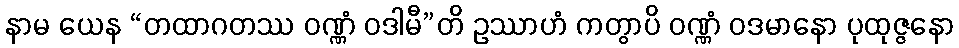
နာမ ယေန “တထာဂတဿ ဝဏ္ဏံ ဝဒါမီ”တိ ဥဿာဟံ ကတွာပိ ဝဏ္ဏံ ဝဒမာနော ပုထုဇ္ဇနော